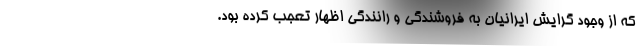
که از وجود گرایش ایرانیان به فروشندگی و رانندگی اظهار تعجب کرده بود.